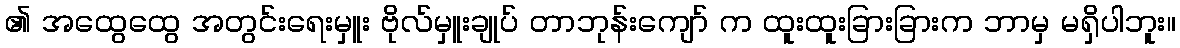
၏ အထွေထွေ အတွင်းရေးမှူး ဗိုလ်မှူးချုပ် တာဘုန်းကျော် က ထူးထူးခြားခြားက ဘာမှ မရှိပါဘူး။